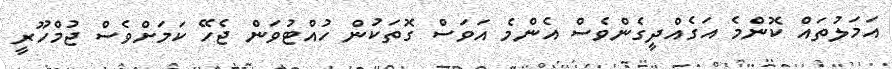
އަމަލުތައް ކޮންމެ އަގެއްދީގެންވެސް އެންމެ އަވަސް ގޮތަކުން ހުއްޓުވަން ޖެހޭ ކަމަށްވެސް ޖުމްހޫރީ